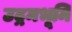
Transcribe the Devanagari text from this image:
उद्गमभूमि